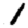
Digit: 1